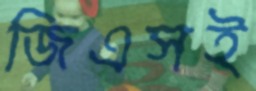
জিএসই